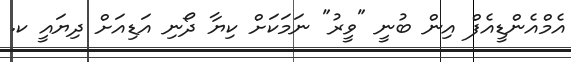
އެމްއެންޑީއެފް އިން ބުނީ "ވީރު" ނަަމަކަށް ކިޔާ ދޯނި އަޑިއަށް ދިޔައީ ކ.